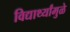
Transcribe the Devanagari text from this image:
विद्यार्थ्यांमुळे